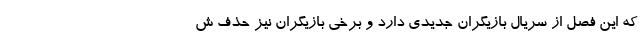
که این فصل از سریال بازیگران جدیدی دارد و برخی بازیگران نیز حذف ش